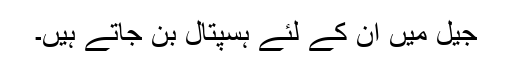
جیل میں ان کے لئے ہسپتال بن جاتے ہیں۔